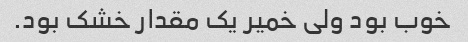
خوب بود ولی خمیر یک مقدار خشک بود.